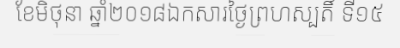
ខែមិថុនា ឆ្នាំ២០១៨ឯកសារថ្ងៃព្រហស្បតិ៍ ទី១៥